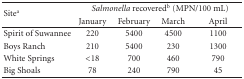
<table><thead><tr><td rowspan="2"><b>Site<sup>a</sup></b></td><td colspan="4"><b><i>Salmonella</i> recovered<sup>b</sup> (MPN/100 mL)</b></td></tr><tr><td><b>January</b></td><td><b>February</b></td><td><b>March</b></td><td><b>April</b></td></tr></thead><tbody><tr><td>Spirit of Suwannee</td><td>220</td><td>5400</td><td>4500</td><td>1100</td></tr><tr><td>Boys Ranch</td><td>210</td><td>5400</td><td>230</td><td>1300</td></tr><tr><td>White Springs</td><td>&lt;18</td><td>700</td><td>460</td><td>790</td></tr><tr><td>Big Shoals</td><td>78</td><td>240</td><td>790</td><td>45</td></tr></tbody></table>